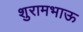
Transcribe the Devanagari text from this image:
शुरामभाऊ